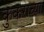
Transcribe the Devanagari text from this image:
कुकराच्या